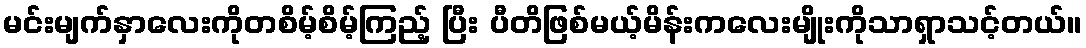
မင်းမျက်နှာလေးကိုတစိမ့်စိမ့်ကြည့် ပြီး ပီတိဖြစ်မယ့်မိန်းကလေးမျိုးကိုသာရှာသင့်တယ်။